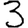
Digit: 3